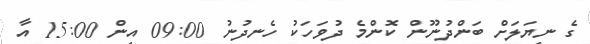
ގެ ނިޔަލަށް ބަންދުނޫން ކޮންމެ ދުވަހަކު ހެނދުނު 09:00 އިން 15:00 އާ